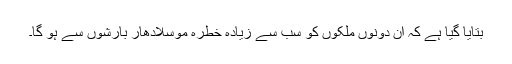
بتایا گیا ہے کہ ان دونوں ملکوں کو سب سے زیادہ خطرہ موسلادھار بارشوں سے ہو گا۔